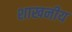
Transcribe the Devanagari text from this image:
शाखनीय